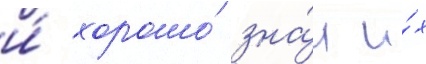
и́ хорошо́ зна́л и́х